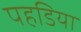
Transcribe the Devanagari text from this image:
पहडिया